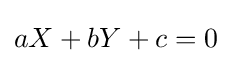
aX+bY+c=0